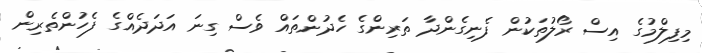
މިފިލްމުގެ އިސް ރޯލުތަކުން ފެނިގެންދާ ތަރިންގެ ހެދުންތައް ވެސް ގިނަ އަދަދެއްގެ ފެހުންތެރިން